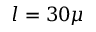
l = 3 0 \mu